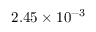
2 . 4 5 \times 1 0 ^ { - 3 }